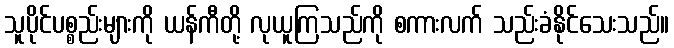
သူပိုင်ပစ္စည်းများကို ယန်ကီတို့ လုယူကြသည်ကို စကားလက် သည်းခံနိုင်သေးသည်။